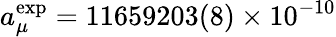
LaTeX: a_{\mu}^{\mathrm{exp}}=11659203(8)\times 10^{-10}